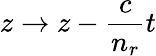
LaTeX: z\rightarrow z-\frac{c}{n_{r}}t